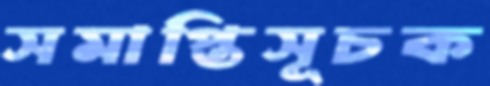
সমাপ্তিসূচক